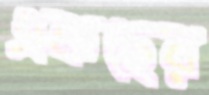
একছের